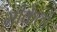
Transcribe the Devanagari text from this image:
मीकेलों